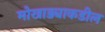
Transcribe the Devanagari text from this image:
मोखाड्याकडील